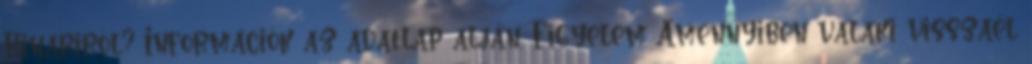
Hinariról? Információk az adatlap alján. Figyelem Amennyiben valaki visszaél